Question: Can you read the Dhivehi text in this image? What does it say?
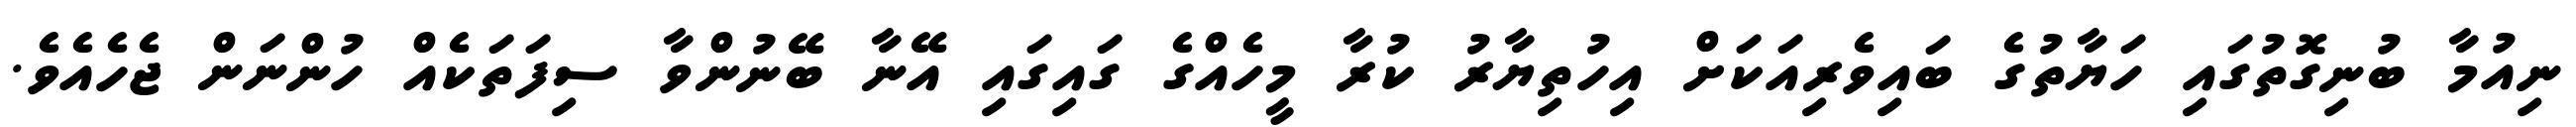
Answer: ނިއުމާ ބުނިގޮތުގައި ހަޔާތުގެ ބައިވެރިއަކަށް އިހުތިޔާރު ކުރާ މީހެއްގެ ގައިގައި އޭނާ ބޭނުންވާ ސިފަތަކެއް ހުންނަން ޖެހެއެވެ.